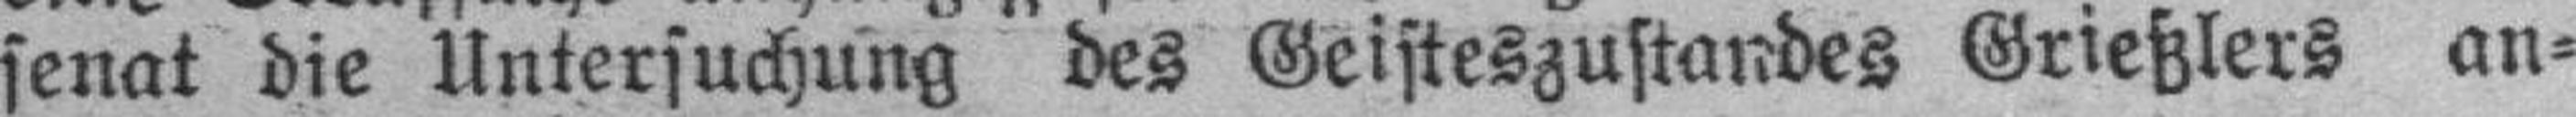
senat die Untersuchung des Geisteszustandes Grießlers an¬